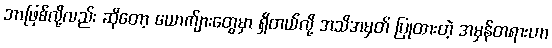
ဘာဖြစ်လို့လည်း ဆိုတော့ ယောက်ျားတွေမှာ ရှိတယ်လို့ အသိအမှတ် ပြုထားတဲ့ အမှန်တရားဟာ